Annual report on the Civil Veterinary Department, Burma (including the Insein Veterinary School) - 1910-1922
Year: 1910
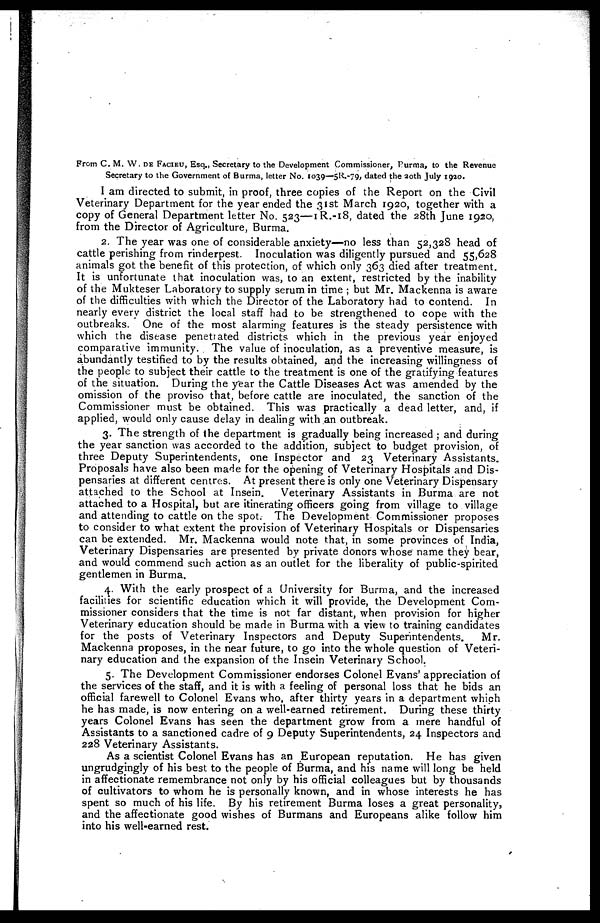
From C. M. W. de Facieu, Esq., Secretary to the Development Commissioner, Purma, to the Revenue
Secretary to the Government of Burma, letter No. 1039—5R.-79, dated the 20th July 1920.
I am directed to submit, in proof, three copies of the Report on the Civil
Veterinary Department for the year ended the 31st March 1920, together with a
copy of General Department letter No. 523—1R.-18, dated the 28th June 1920,
from the Director of Agriculture, Burma.
2. The year was one of considerable anxiety—no less than 52,328 head of
cattle perishing from rinderpest. Inoculation was diligently pursued and 55,628
animals got the benefit of this protection, of which only 363 died after treatment.
It is unfortunate that inoculation was, to an extent, restricted by the inability
of the Mukteser Laboratory to supply serum in time ; but Mr. Mackenna is aware
of the difficulties with which the Director of the Laboratory had to contend. In
nearly every district the local staff had to be strengthened to cope with the
outbreaks. One of the most alarming features is the steady persistence with
which the disease penetrated districts which in the previous year enjoyed
comparative immunity. The value of inoculation, as a preventive measure, is
abundantly testified to by the results obtained, and the increasing willingness of
the people to subject their cattle to the treatment is one of the gratifying features
of the situation. During the year the Cattle Diseases Act was amended by the
omission of the proviso that, before cattle are inoculated, the sanction of the
Commissioner must be obtained. This was practically a dead letter, and, if
applied, would only cause delay in dealing with an outbreak.
3. The strength of the department is gradually being increased ; and during
the year sanction was accorded to the addition, subject to budget provision, of
three Deputy Superintendents, one Inspector and 23 Veterinary Assistants.
Proposals have also been made for the opening of Veterinary Hospitals and Dis-
pensaries at different centres. At present there is only one Veterinary Dispensary
attached to the School at Insein. Veterinary Assistants in Burma are not
attached to a Hospital, but are itinerating officers going from village to village
and attending to cattle on the spot. The Development Commissioner proposes
to consider to what extent the provision of Veterinary Hospitals or Dispensaries
can be extended. Mr. Mackenna would note that, in some provinces of India,
Veterinary Dispensaries are presented by private donors whose name they bear,
and would commend such action as an outlet for the liberality of public-spirited
gentlemen in Burma.
4. With the early prospect of a University for Burma, and the increased
facilities for scientific education which it will provide, the Development Com-
missioner considers that the time is not far distant, when provision for higher
Veterinary education should be made in Burma with a view to training candidates
for the posts of Veterinary Inspectors and Deputy Superintendents. Mr.
Mackenna proposes, in the near future, to go into the whole question of Veteri-
nary education and the expansion of the Insein Veterinary School.
5. The Development Commissioner endorses Colonel Evans' appreciation of
the services of the staff, and it is with a feeling of personal loss that he bids an
official farewell to Colonel Evans who, after thirty years in a department which
he has made, is now entering on a well-earned retirement. During these thirty
years Colonel Evans has seen the department grow from a mere handful of
Assistants to a sanctioned cadre of 9 Deputy Superintendents, 24 Inspectors and
228 Veterinary Assistants.
As a scientist Colonel Evans has an European reputation. He has given
ungrudgingly of his best to the people of Burma, and his name will long be held
in affectionate remembrance not only by his official colleagues but by thousands
of cultivators to whom he is personally known, and in whose interests he has
spent so much of his life. By his retirement Burma loses a great personality,
and the affectionate good wishes of Burmans and Europeans alike follow him
into his well-earned rest.